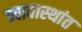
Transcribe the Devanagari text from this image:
व्यावास्थांत